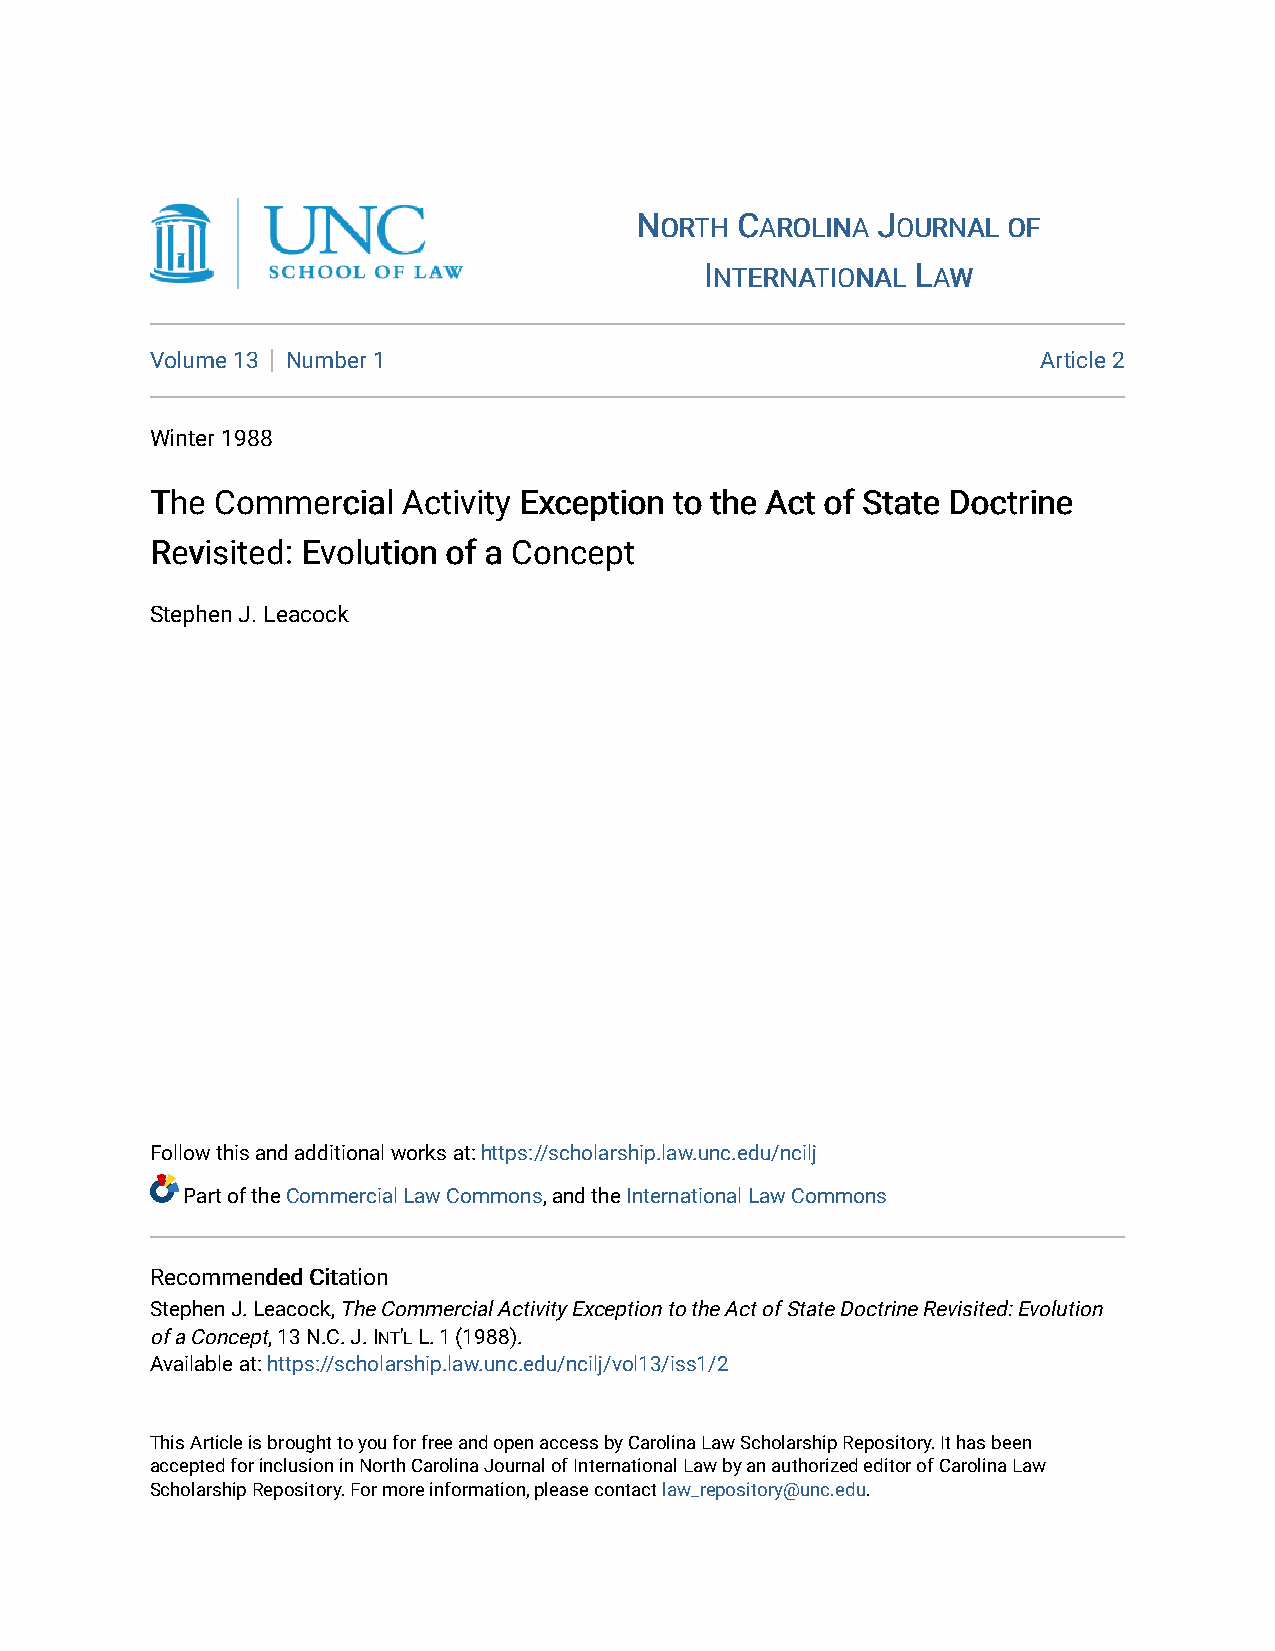
NNOORRTTHH CCAARROOLLIINNAA JJOOUURRNNAALL OOFF
 IINNTTEERRNNAATTIIOONNAALL LLAAWW
 Volume 13 Number 1                                         Article 2
 Winter 1988
 TThhee CCoommmmeerrcciiaall AAccttiivviittyy EExxcceeppttiioonn ttoo tthhee AAcctt ooff SSttaattee DDooccttrriinnee
 RReevviissiitteedd:: EEvvoolluuttiioonn ooff aa CCoonncceepptt
 Stephen J. Leacock
 Follow this and additional works at: https://scholarship.law.unc.edu/ncilj
 Part of the Commercial Law Commons, and the International Law Commons
 RReeccoommmmeennddeedd CCiittaattiioonn
 Stephen J. Leacock, The Commercial Activity Exception to the Act of State Doctrine Revisited: Evolution
 of a Concept, 13 N.C. J. INT'L L. 1 (1988).
 Available at: https://scholarship.law.unc.edu/ncilj/vol13/iss1/2
 This Article is brought to you for free and open access by Carolina Law Scholarship Repository. It has been
 accepted for inclusion in North Carolina Journal of International Law by an authorized editor of Carolina Law
 Scholarship Repository. For more information, please contact law_repository@unc.edu.